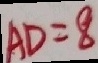
A D = 8